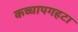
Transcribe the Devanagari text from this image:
कच्चापगहटा